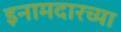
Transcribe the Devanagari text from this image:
इनामदारच्या